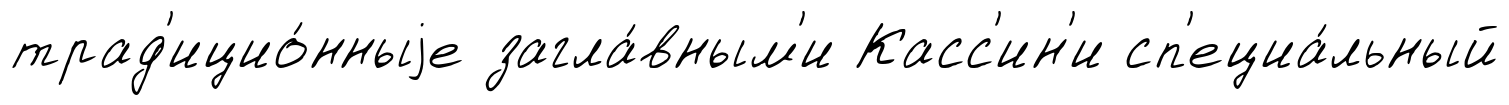
трад'ицио́нныjе загла́вным'и Касс'ин'и сп'ециа́льный